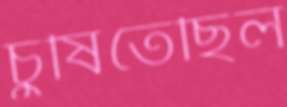
চুষিতেছিল